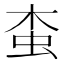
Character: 𧉓